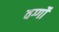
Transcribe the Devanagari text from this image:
वर्ग्गो